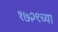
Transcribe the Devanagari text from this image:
१७२९च्या